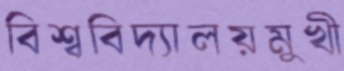
বিশ্ববিদ্যালয়মুখী